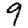
Digit: 9